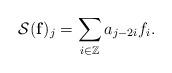
LaTeX: \begin{align*} \mathcal{S}(\mathbf{f})_j = \sum_{i \in \mathbb{Z}} a_{j-2i} f_i .\end{align*}